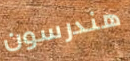
هندرسون